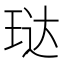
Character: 𮴘